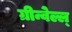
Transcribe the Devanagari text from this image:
ग्रीन्वेल्ल्